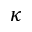
\kappa